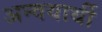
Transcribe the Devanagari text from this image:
अन्वयार्थी